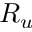
R _ { u }